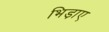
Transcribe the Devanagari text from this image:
भिड़ाए